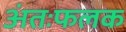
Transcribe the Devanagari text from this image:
अंतःफलक